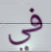
في